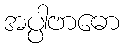
အပ္ပါဗာဓော